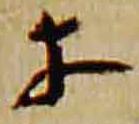
等